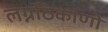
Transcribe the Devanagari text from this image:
लग्नठिकाणी